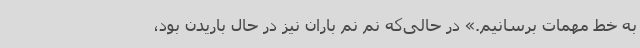
به خط مهمات برسانیم.» در حالی‌که نم نم باران نیز در حال باریدن بود،